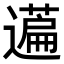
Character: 𬞤